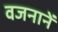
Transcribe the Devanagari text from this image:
वजनानें